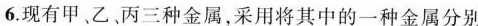
6现有甲、乙、丙三种金属，采用将其中的一种金属分别